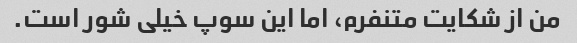
من از شکایت متنفرم، اما این سوپ خیلی شور است.